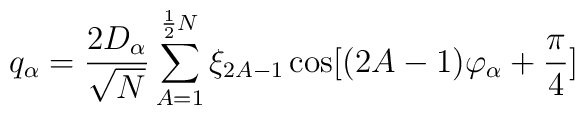
q_{\alpha} =  \frac{2D_{\alpha}}{\sqrt{N}} \sum_{A=1}^{\frac{1}{2}N}\xi_{2A-1}\cos [(2A-1)\varphi_{\alpha} + \frac{\pi}{4}]